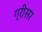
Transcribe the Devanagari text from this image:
ग्रीसर